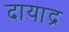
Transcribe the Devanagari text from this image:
दायाद्र